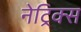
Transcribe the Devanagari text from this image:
नेट्रिक्स